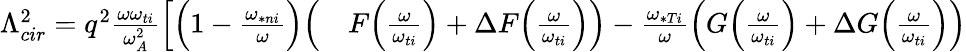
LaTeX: \begin{array}{rl}{\Lambda_{cir}^{2}=q^{2}\frac{\omega\omega_{ti}}{\omega_{A}^{2}}\Big[\Big(1-\frac{\omega_{\ast ni}}{\omega}\Big)\Big(}&{{}F\Big(\frac{\omega}{\omega_{ti}}\Big)+\Delta F\Big(\frac{\omega}{\omega_{ti}}\Big)\Big)-\frac{\omega_{\ast Ti}}{\omega}\Big(G\Big(\frac{\omega}{\omega_{ti}}\Big)+\Delta G\Big(\frac{\omega}{\omega_{ti}}\Big)\Big)}\end{array}